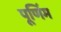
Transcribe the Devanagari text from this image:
पूर्णिम